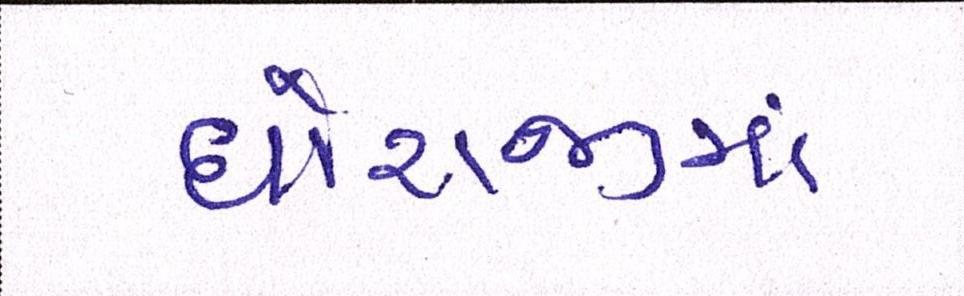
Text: ધોરાજીમાં